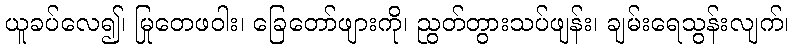
ယူခပ်လေ၍၊ မြုတေဖဝါး၊ ခြေတော်ဖျားကို၊ ညွတ်တွားသပ်ဖျန်း၊ ချမ်းရေသွန်းလျက်၊